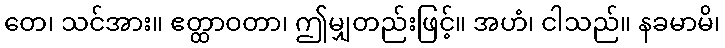
တေ၊ သင်အား။ ဧတ္ထာဝတာ၊ ဤမျှတည်းဖြင့်။ အဟံ၊ ငါသည်။ နခမာမိ၊